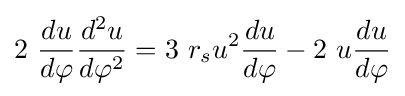
2\ {\frac {du}{d\varphi }}{\frac {d^{2}u}{d\varphi ^{2}}}=3\ r_{s}u^{2}{\frac {du}{d\varphi }}-2\ u{\frac {du}{d\varphi }}